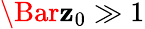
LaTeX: \Bar{\mathbf{z}}_{0}\gg1